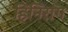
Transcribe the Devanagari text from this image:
हिनिरांग